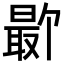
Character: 𪱕